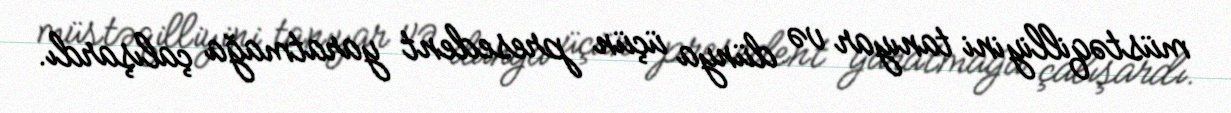
müstəqilliyini tanıyar və dünya üçün presedent yaratmağa çalışardı.